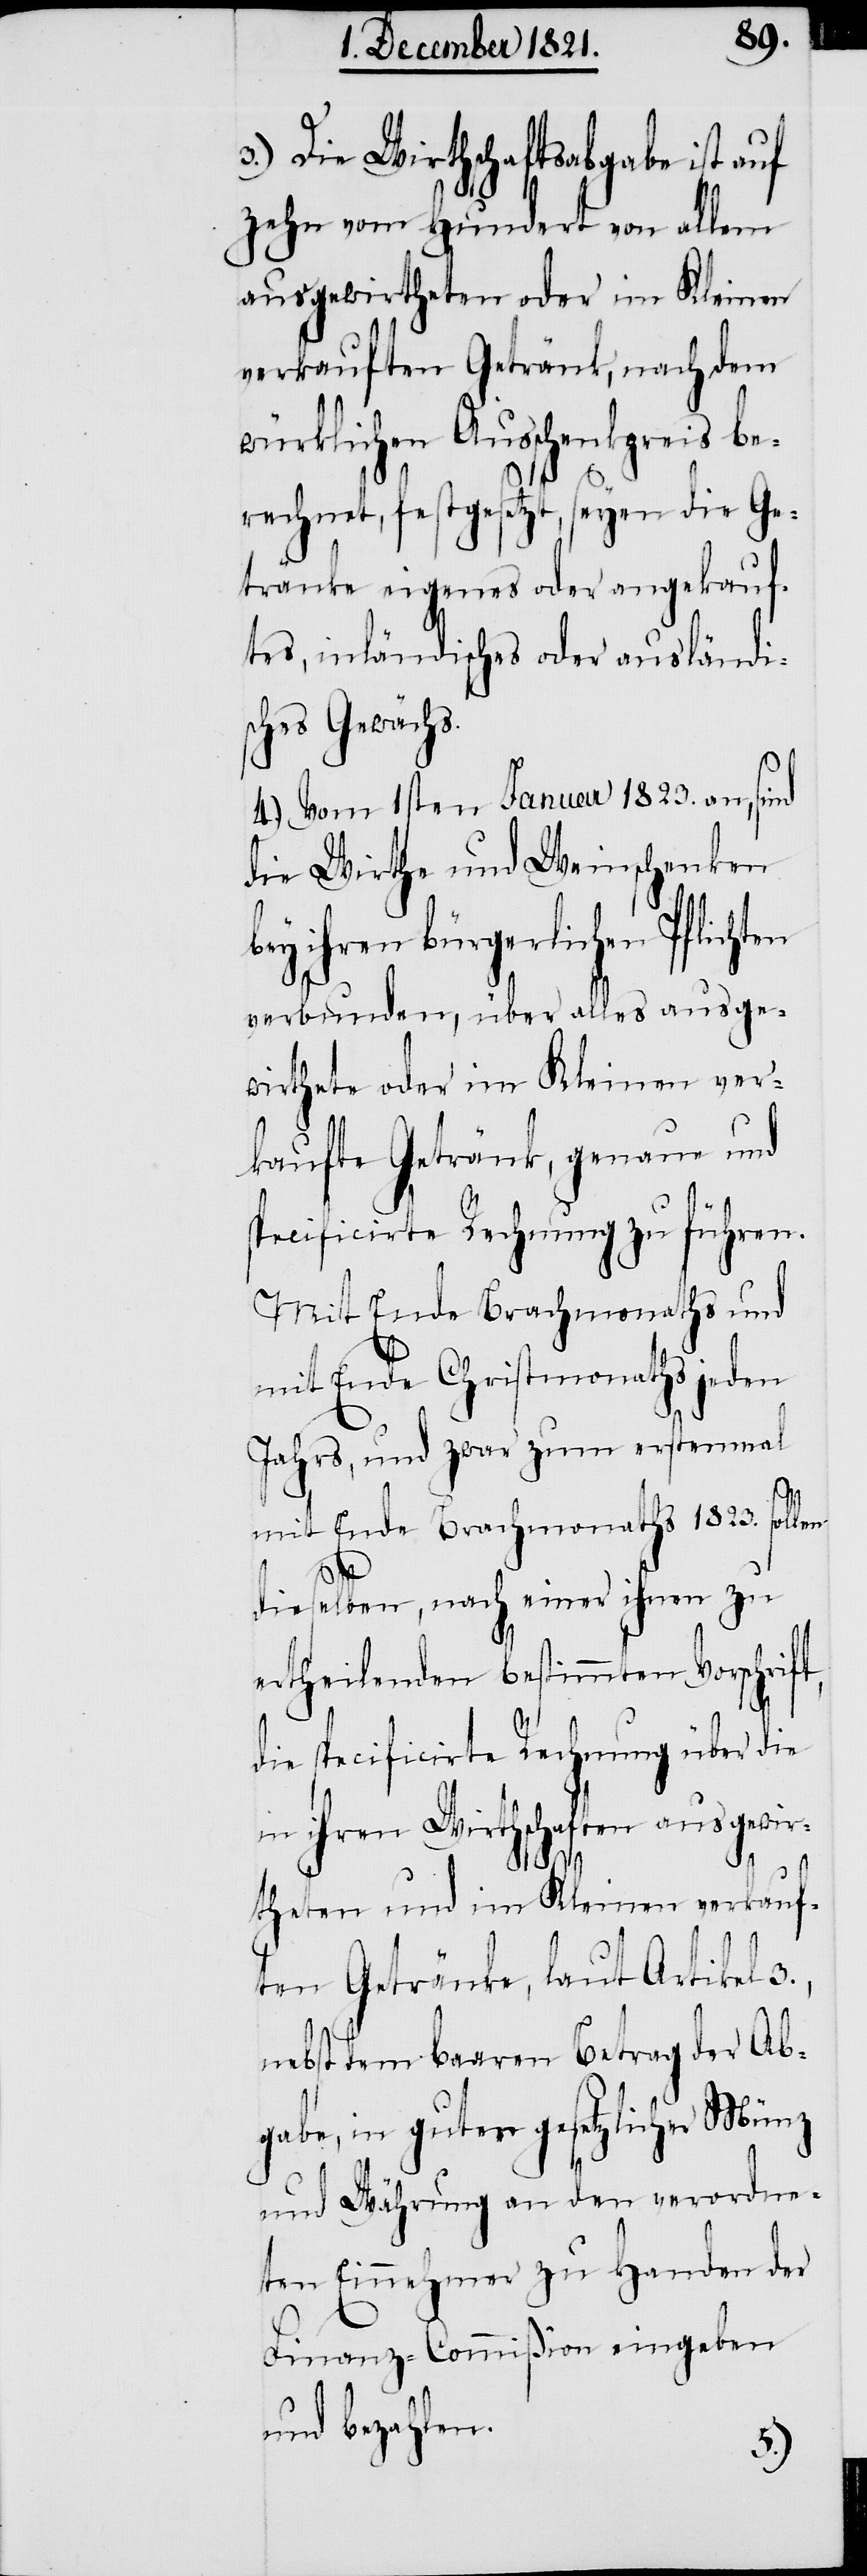
3.) Die Wirthschaftsabgabe ist auf
zehn vom Hundert von allem
ausgewirtheten oder im Kleinen
verkauften Getränk, nach dem
würklichen Ausschenkpreis be¬
rechnet, festgesetzt, seyen die Ge¬
tränke eigenes oder angekauf¬
tes, inländisches oder ausländi¬
sches Gewächs.
4.) Vom 1sten Januar 1823. an, sind
die Wirthe und Weinschenken
ihren bürgerlichen Pflich¬
sge¬
verbunden, über alles au¬
wirthete oder im Kleinen ver¬
kaufte Getränk, genaue und
specificirte Rechnung zu führen.
Mit Ende Brachmonaths und
mit Ende Christmonaths jeden
Jahrs, und zwar zum erstenmal
mit Ende Brachmonaths 1823. sollen
dieselben, nach einer ihnen zu
ertheilenden bestimmten Vorschrif¬
die specificirte Rechnung über die
in ihren Wirthschaften ausgewir¬
theten und im Kleinen verkauf¬
ten Getränke, laut Artikel
nebst dem baaren Betrag der Ab¬
gabe, in guter gesetzlicher Münz
und Währung an den verordne¬
ten Einnehmer zu Handen der
Finanz-Commißion eingeben
und bezahlen.
t,